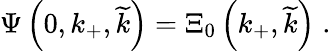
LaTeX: \Psi\left(0,k_{+},\widetilde{k}\right)=\Xi_{0}\left(k_{+},\widetilde{k}\right)\; .